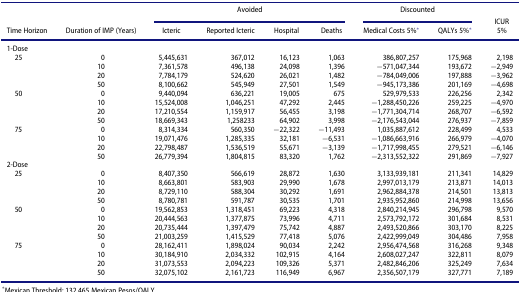
<table><thead><tr><td><b> </b></td><td><b> </b></td><td colspan="4"><b>Avoided</b></td><td colspan="2"><b>Discounted</b></td><td><b>ICUR</b></td></tr><tr><td><b>Time Horizon</b></td><td><b>Duration of IMP (Years)</b></td><td><b>Icteric</b></td><td><b>Reported Icteric</b></td><td><b>Hospital</b></td><td><b>Deaths</b></td><td><b>Medical Costs 5%<sup>*</sup></b></td><td><b>QALYs 5%<sup>*</sup></b></td><td><b>5%</b></td></tr></thead><tbody><tr><td>1-Dose</td><td> </td><td> </td><td> </td><td> </td><td> </td><td> </td><td> </td><td> </td></tr><tr><td> 25</td><td>0</td><td>5,445,631</td><td>367,012</td><td>16,123</td><td>1,063</td><td>386,807,257</td><td>175,968</td><td>2,198</td></tr><tr><td> </td><td>10</td><td>7,361,578</td><td>496,138</td><td>24,098</td><td>1,396</td><td>−571,047,344</td><td>193,672</td><td>−2,949</td></tr><tr><td> </td><td>20</td><td>7,784,179</td><td>524,620</td><td>26,021</td><td>1,482</td><td>−784,049,006</td><td>197,888</td><td>−3,962</td></tr><tr><td> </td><td>50</td><td>8,100,662</td><td>545,949</td><td>27,501</td><td>1,549</td><td>−945,173,386</td><td>201,169</td><td>−4,698</td></tr><tr><td> 50</td><td>0</td><td>9,440,094</td><td>636,221</td><td>19,005</td><td>675</td><td>529,979,533</td><td>226,256</td><td>2,342</td></tr><tr><td> </td><td>10</td><td>15,524,008</td><td>1,046,251</td><td>47,292</td><td>2,445</td><td>−1,288,450,226</td><td>259,225</td><td>−4,970</td></tr><tr><td> </td><td>20</td><td>17,210,554</td><td>1,159,917</td><td>56,455</td><td>3,198</td><td>−1,771,304,714</td><td>268,707</td><td>−6,592</td></tr><tr><td> </td><td>50</td><td>18,669,343</td><td>1,258233</td><td>64,902</td><td>3,998</td><td>−2,176,543,044</td><td>276,937</td><td>−7,859</td></tr><tr><td> 75</td><td>0</td><td>8,314,334</td><td>560,350</td><td>−22,322</td><td>−11,493</td><td>1,035,887,612</td><td>228,499</td><td>4,533</td></tr><tr><td> </td><td>10</td><td>19,071,476</td><td>1,285,335</td><td>32,181</td><td>−6,531</td><td>−1,086,663,916</td><td>266,979</td><td>−4,070</td></tr><tr><td> </td><td>20</td><td>22,798,487</td><td>1,536,519</td><td>55,671</td><td>−3,139</td><td>−1,717,998,455</td><td>279,521</td><td>−6,146</td></tr><tr><td> </td><td>50</td><td>26,779,394</td><td>1,804,815</td><td>83,320</td><td>1,762</td><td>−2,313,552,322</td><td>291,869</td><td>−7,927</td></tr><tr><td>2-Dose</td><td> </td><td> </td><td> </td><td> </td><td> </td><td> </td><td> </td><td> </td></tr><tr><td> 25</td><td>0</td><td>8,407,350</td><td>566,619</td><td>28,872</td><td>1,630</td><td>3,133,939,181</td><td>211,341</td><td>14,829</td></tr><tr><td> </td><td>10</td><td>8,663,801</td><td>583,903</td><td>29,990</td><td>1,678</td><td>2,997,013,179</td><td>213,871</td><td>14,013</td></tr><tr><td> </td><td>20</td><td>8,729,110</td><td>588,304</td><td>30,292</td><td>1,691</td><td>2,962,884,378</td><td>214,501</td><td>13,813</td></tr><tr><td> </td><td>50</td><td>8,780,781</td><td>591,787</td><td>30,535</td><td>1,701</td><td>2,935,952,860</td><td>214,998</td><td>13,656</td></tr><tr><td> 50</td><td>0</td><td>19,562,853</td><td>1,318,451</td><td>69,223</td><td>4,318</td><td>2,840,214,945</td><td>296,798</td><td>9,570</td></tr><tr><td> </td><td>10</td><td>20,444,563</td><td>1,377,875</td><td>73,996</td><td>4,711</td><td>2,573,792,172</td><td>301,684</td><td>8,531</td></tr><tr><td> </td><td>20</td><td>20,735,444</td><td>1,397,479</td><td>75,742</td><td>4,887</td><td>2,493,520,866</td><td>303,170</td><td>8,225</td></tr><tr><td> </td><td>50</td><td>21,003,259</td><td>1,415,529</td><td>77,418</td><td>5,076</td><td>2,422,999,049</td><td>304,486</td><td>7,958</td></tr><tr><td> 75</td><td>0</td><td>28,162,411</td><td>1,898,024</td><td>90,034</td><td>2,242</td><td>2,956,474,568</td><td>316,268</td><td>9,348</td></tr><tr><td> </td><td>10</td><td>30,184,910</td><td>2,034,332</td><td>102,915</td><td>4,164</td><td>2,608,027,247</td><td>322,811</td><td>8,079</td></tr><tr><td> </td><td>20</td><td>31,073,553</td><td>2,094,223</td><td>109,326</td><td>5,371</td><td>2,482,846,206</td><td>325,249</td><td>7,634</td></tr><tr><td> </td><td>50</td><td>32,075,102</td><td>2,161,723</td><td>116,949</td><td>6,967</td><td>2,356,507,179</td><td>327,771</td><td>7,189</td></tr></tbody></table>